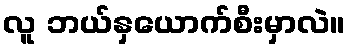
လူ ဘယ်နှယောက်စီးမှာလဲ။